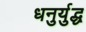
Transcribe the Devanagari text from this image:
धनुर्युद्ध